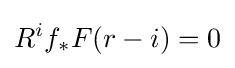
R^{i}f_{*}F(r-i)=0